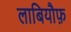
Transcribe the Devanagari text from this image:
लाबियौफ़